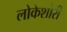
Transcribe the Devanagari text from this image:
लोकेशोरी